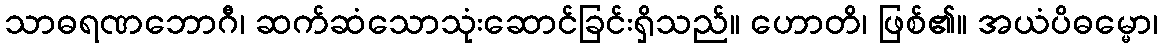
သာဓရဏဘောဂီ၊ ဆက်ဆံသောသုံးဆောင်ခြင်းရှိသည်။ ဟောတိ၊ ဖြစ်၏။ အယံပိဓမ္မော၊